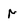
Character: r